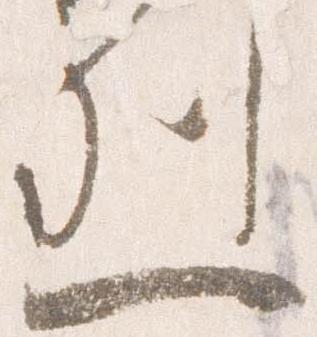
烈